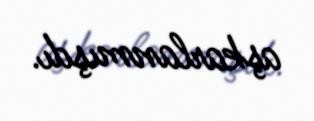
aşkarlanmışdı.